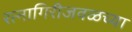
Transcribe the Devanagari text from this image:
रत्नागिरीजवळच्या